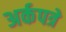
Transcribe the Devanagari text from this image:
अर्कपत्रे